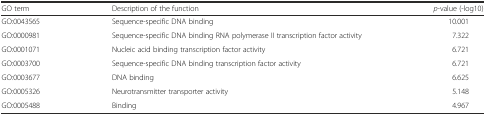
<table><thead><tr><td><b>GO term</b></td><td><b>Description of the function</b></td><td><b><i>p</i>-value (-log10)</b></td></tr></thead><tbody><tr><td>GO:0043565</td><td>Sequence-specific DNA binding</td><td>10.001</td></tr><tr><td>GO:0000981</td><td>Sequence-specific DNA binding RNA polymerase II transcription factor activity</td><td>7.322</td></tr><tr><td>GO:0001071</td><td>Nucleic acid binding transcription factor activity</td><td>6.721</td></tr><tr><td>GO:0003700</td><td>Sequence-specific DNA binding transcription factor activity</td><td>6.721</td></tr><tr><td>GO:0003677</td><td>DNA binding</td><td>6.625</td></tr><tr><td>GO:0005326</td><td>Neurotransmitter transporter activity</td><td>5.148</td></tr><tr><td>GO:0005488</td><td>Binding</td><td>4.967</td></tr></tbody></table>